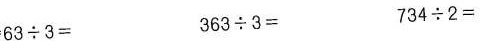
$$63\div3＝$$ $$363\div3＝$$ $$734\div2＝$$